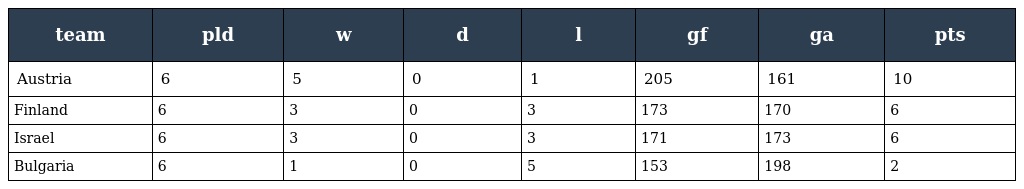
| team | pld | w | d | l | gf | ga | pts |
 | --- | --- | --- | --- | --- | --- | --- | --- |
 | Austria | 6 | 5 | 0 | 1 | 205 | 161 | 10 |
 | Finland | 6 | 3 | 0 | 3 | 173 | 170 | 6 |
 | Israel | 6 | 3 | 0 | 3 | 171 | 173 | 6 |
 | Bulgaria | 6 | 1 | 0 | 5 | 153 | 198 | 2 |